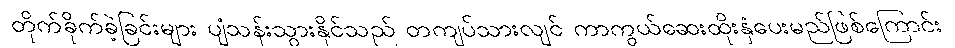
တိုက်ခိုက်ခဲ့ခြင်းများ ပျံသန်းသွားနိုင်သည် တကျပ်သားလျင် ကာကွယ်ဆေးထိုးနှံပေးမည်ဖြစ်ကြောင်း